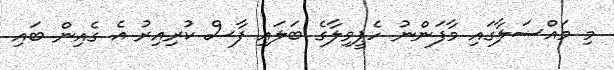
މި މައްސަލާގައި މާފަންނު ހެޕީވިލާގެ ބަލައި ފާސް ކުރިއިރު އެ ގެއިން ބައި